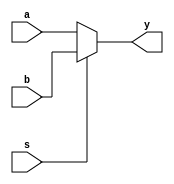
module mux2_8bit(a, b, s, y);

	// input ports & output port
	input [7:0] a, b;
	input s;
	output reg [7:0] y;
	
	always @ (*) begin
		if(s == 1'b0) y <= a;
		else y <= b;
	end
	
endmodule